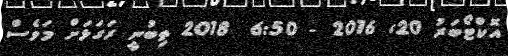
އޮކްޓޯބަރު 20